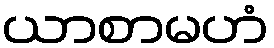
ယာစာမဟံ